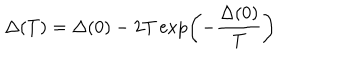
LaTeX: \Delta ( T ) = \Delta ( 0 ) - 2 T \exp \left( - \frac { \Delta ( 0 ) } { T } \right)